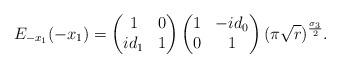
LaTeX: \begin{align*}E_{-x_{1}}(-x_{1}) = \begin{pmatrix}1 & 0 \\ id_{1} & 1\end{pmatrix} \begin{pmatrix}1 & -id_{0} \\0 & 1\end{pmatrix} (\pi \sqrt{r})^{\frac{\sigma_{3}}{2}}.\end{align*}